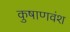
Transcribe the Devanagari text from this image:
कुषाणवंश